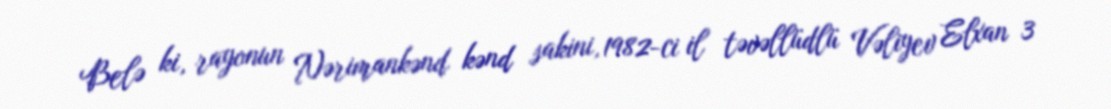
Belə ki, rayonun Nərimankənd kənd sakini, 1982-ci il təvəllüdlü Vəliyev Elxan 3